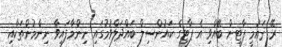
ރޭ ޤައުމީ ޕާޓީން ބޭއްވި އެ ޕާޓީގެ ކައުންސިލް ބައްދަލްވުމުގައި ނިންމާފައިވާ ނިންމުންތަކާއި